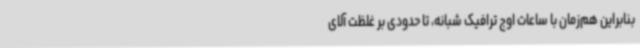
بنابراین هم‌زمان با ساعات اوج ترافیک شبانه، تا حدودی بر غلظت آلای